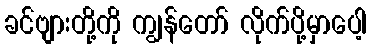
ခင်ဗျားတို့ကို ကျွန်တော် လိုက်ပို့မှာပေါ့